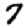
Digit: 7